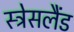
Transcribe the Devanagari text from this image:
स्ट्रेसलैंड